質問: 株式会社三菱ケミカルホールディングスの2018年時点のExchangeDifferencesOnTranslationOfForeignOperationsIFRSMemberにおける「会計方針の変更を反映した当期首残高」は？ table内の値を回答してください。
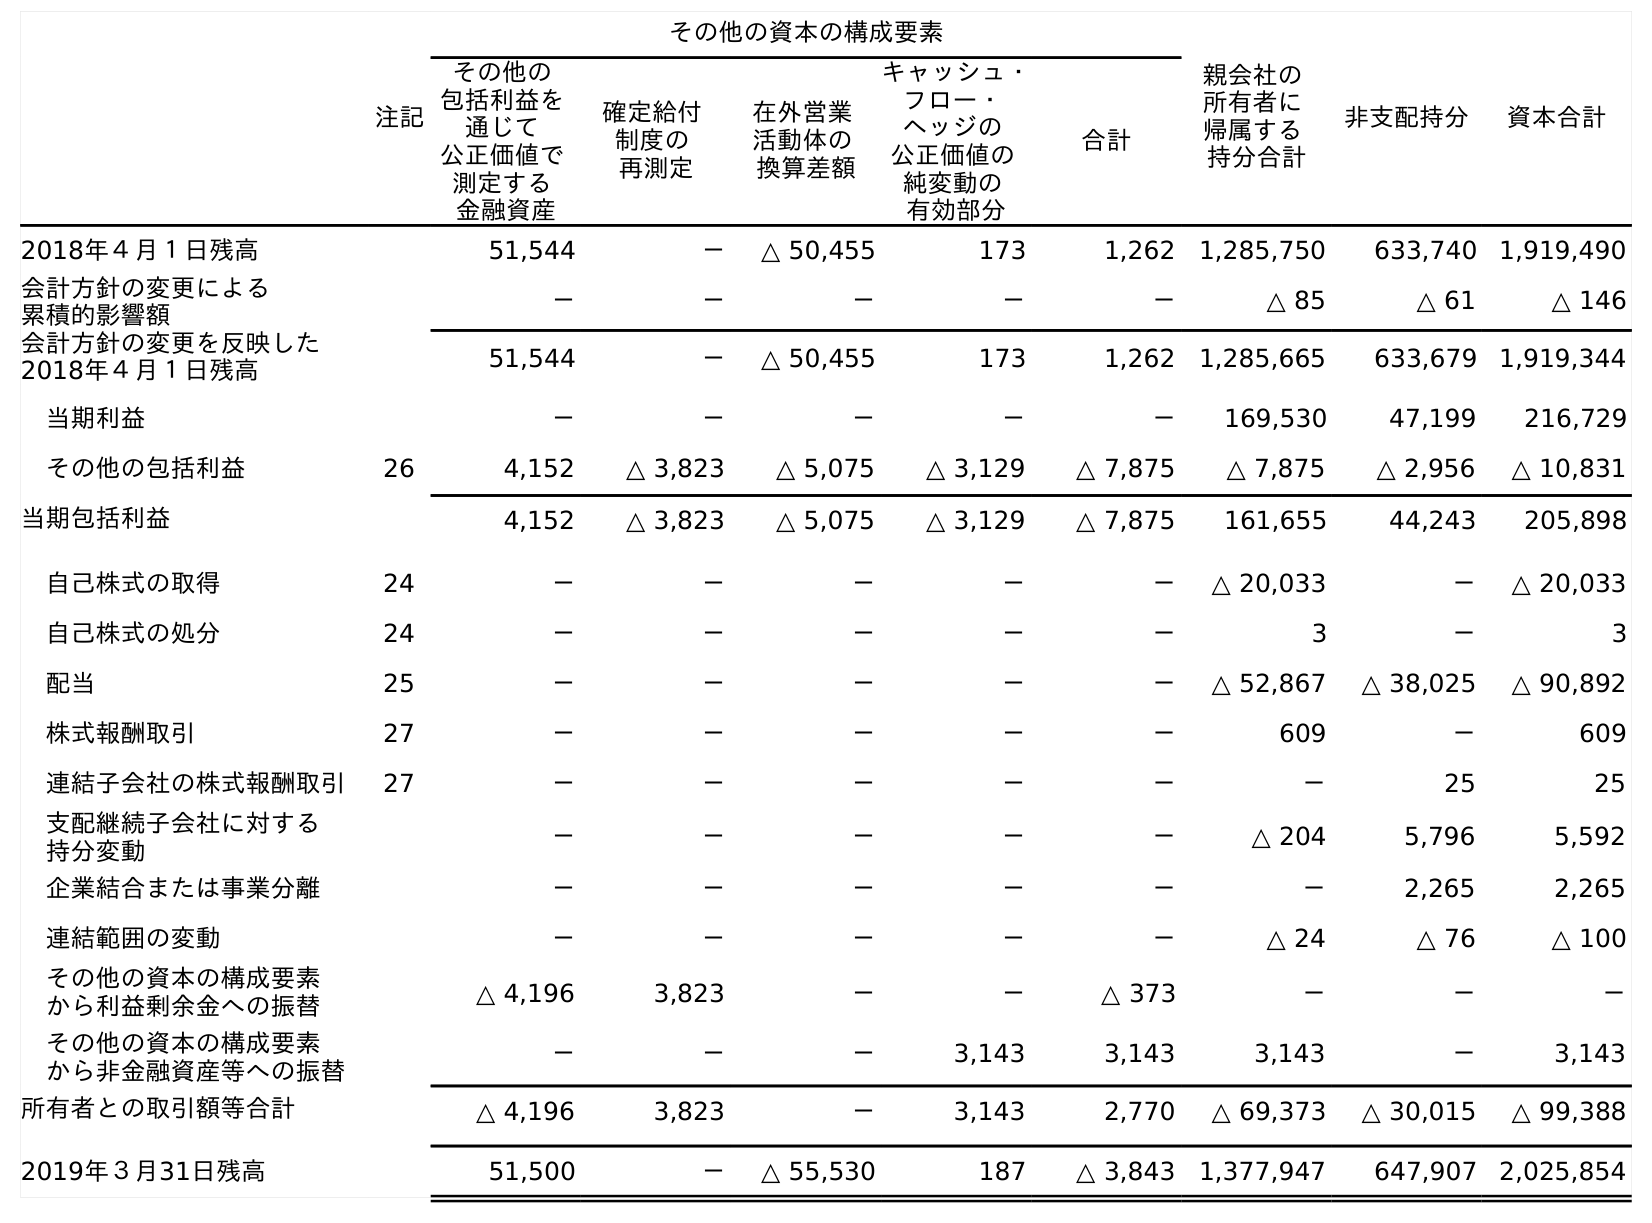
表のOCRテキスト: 注記 その他の資本の構成要素 親会社の 所有者に 帰属する 持分合計 非支配持分 資本合計 その他の 包括利益を 通じて 公正価値で 測定する 金融資産 確定給付 制度の 再測定 在外営業 活動体の 換算差額 キャッシュ・ フロー・ ヘッジの 公正価値の 純変動の 有効部分 合計 2018年４月１日残高 51,544 － △ 50,455 173 1,262 1,285,750 633,740 1,919,490 会計方針の変更による 累積的影響額 － － － － － △ 85 △ 61 △ 146 会計方針の変更を反映した 2018年４月１日残高 51,544 － △ 50,455 173 1,262 1,285,665 633,679 1,919,344 当期利益 － － － － － 169,530 47,199 216,729 その他の包括利益 26 4,152 △ 3,823 △ 5,075 △ 3,129 △ 7,875 △ 7,875 △ 2,956 △ 10,831 当期包括利益 4,152 △ 3,823 △ 5,075 △ 3,129 △ 7,875 161,655 44,243 205,898 自己株式の取得 24 － － － － － △ 20,033 － △ 20,033 自己株式の処分 24 － － － － － 3 － 3 配当 25 － － － － － △ 52,867 △ 38,025 △ 90,892 株式報酬取引 27 － － － － － 609 － 609 連結子会社の株式報酬取引 27 － － － － － － 25 25 支配継続子会社に対する 持分変動 － － － － － △ 204 5,796 5,592 企業結合または事業分離 － － － － － － 2,265 2,265 連結範囲の変動 － － － － － △ 24 △ 76 △ 100 その他の資本の構成要素 から利益剰余金への振替 △ 4,196 3,823 － － △ 373 － － － その他の資本の構成要素 から非金融資産等への振替 － － － 3,143 3,143 3,143 － 3,143 所有者との取引額等合計 △ 4,196 3,823 － 3,143 2,770 △ 69,373 △ 30,015 △ 99,388 2019年３月31日残高 51,500 － △ 55,530 187 △ 3,843 1,377,947 647,907 2,025,854
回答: △50,455